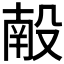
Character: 𬆩